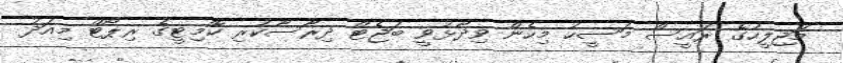
މަޖިލީހުގެ ރައީސް މަސީހު މިހެން ވިދާޅުވީ ބަޖެޓް ދިރާސާކުރި ކޮމިޓީގެ ރިޕޯޓް މިއަދު